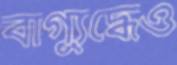
বাগ্যুদ্ধেও